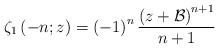
LaTeX: \begin{align*}\zeta_{1}\left(-n;z\right)=\left(-1\right)^{n}\frac{\left(z+\mathcal{B}\right)^{n+1}}{n+1}\end{align*}